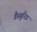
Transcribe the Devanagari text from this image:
डैस्यूरिड